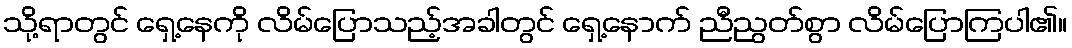
သို့ရာတွင် ရှေ့နေကို လိမ်ပြောသည့်အခါတွင် ရှေ့နောက် ညီညွတ်စွာ လိမ်ပြောကြပါ၏။